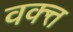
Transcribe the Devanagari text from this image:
वक्त्त